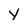
Character: Y